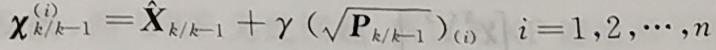
$\boldsymbol{\chi}_{k / k-1}^{(i)}=\hat{\boldsymbol{X}}_{k / k-1}+\gamma\left(\sqrt{\boldsymbol{P}_{k / k-1}}\right)_{(i)} \quad i=1,2, \cdots, n$